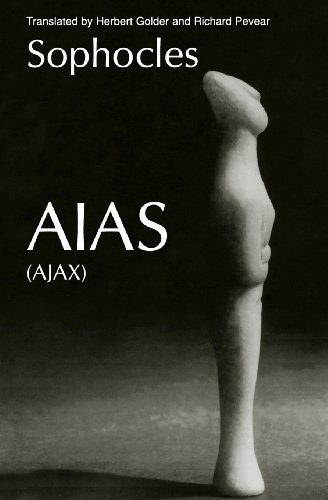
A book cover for Aias (Greek Tragedy in New Translations); Sophocles; Literature & Fiction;